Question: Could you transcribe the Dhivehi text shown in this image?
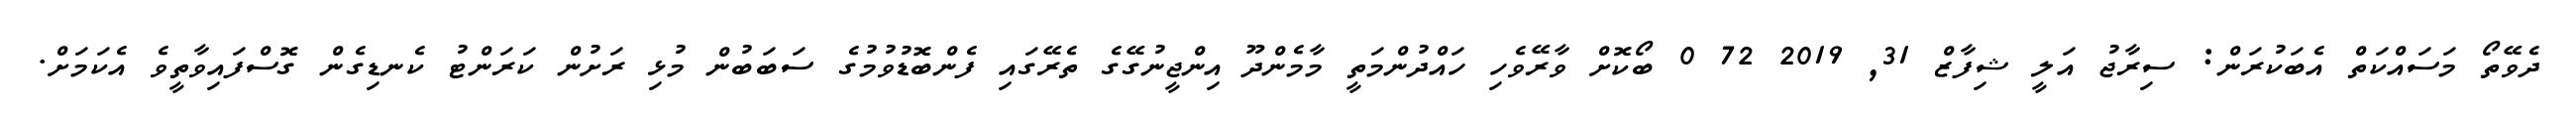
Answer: ދެވޭތޯ މަސައްކަތް އެބަކުރަން: ސިރާޖު އަލީ ޝިފާޒް 31, 2019 72 0 ބޯކޮށް ވާރޭވެހި ހައްދުންމަތީ މާމެންދޫ އިންޖީނުގޭގެ ތެރޭގައި ފެންބޮޑުވުމުގެ ސަބަބުން މުޅި ރަށުން ކަރަންޓު ކެނޑިގެން ގޮސްފައިވާތީވެ އެކަމަށް.